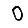
Digit: 0